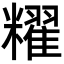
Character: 䊮